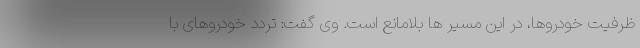
ظرفیت خودروها، در این مسیر ها بلامانع است. وی گفت: تردد خودروهای با